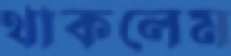
থাকলেম